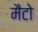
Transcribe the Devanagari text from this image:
मैंटो